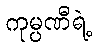
ကုမ္ပဏီရဲ့